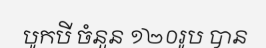
បូកបី ចំនួន ១២០រូប បាន